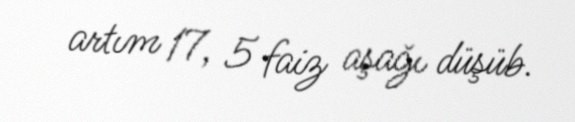
artım 17, 5 faiz aşağı düşüb.